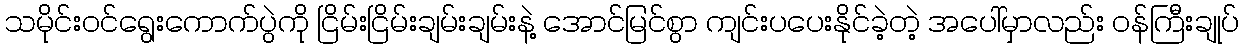
သမိုင်းဝင်ရွေးကောက်ပွဲကို ငြိမ်းငြိမ်းချမ်းချမ်းနဲ့ အောင်မြင်စွာ ကျင်းပပေးနိုင်ခဲ့တဲ့ အပေါ်မှာလည်း ဝန်ကြီးချုပ်